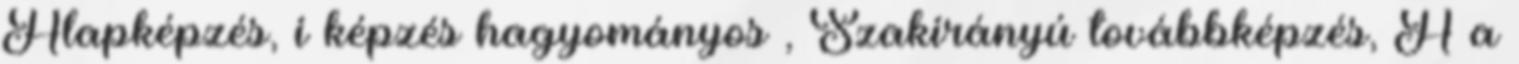
Alapképzés, i képzés hagyományos , Szakirányú továbbképzés, A a